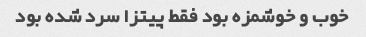
خوب و خوشمزه بود فقط پیتزا سرد شده بود